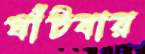
ঘাঁটবার